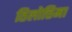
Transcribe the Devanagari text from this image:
तिलोत्तिमा